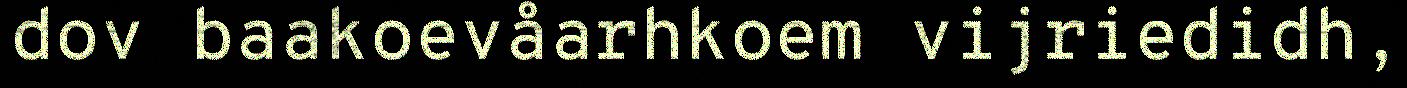
dov baakoevåarhkoem vijriedidh,